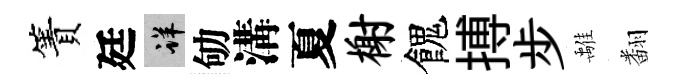
簀廷详劬溝夏榭餽搏步𩀌翻